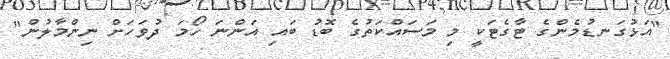
"އަޅުގަނޑުމެންގެ ޓާގެޓަކީ މި މަސައްކަތުގެ ބޮޑު ބައި އަންނަ ހޯމަ ދުވަހަށް ނިންމާލުން"